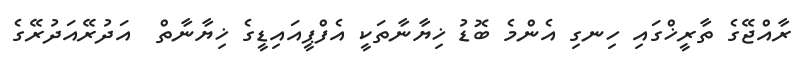
ރާއްޖޭގެ ތާރީޚްގައި ހިނގި އެންމެ ބޮޑު ޚިޔާނާތަކީ އެފްޕީއައިޑީގެ ޚިޔާނާތް  އަދުރޭއަދުރޭގެ